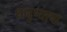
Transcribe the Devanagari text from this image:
धनुष्याचा